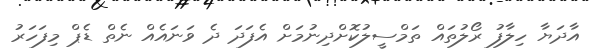
އާދަޔާ ހިލާފު ރޯލުތައް ތަމްސީލުކޮށްދިނުމަށް އެފަދަ ދެ ވަނައެއް ނެތް ޑެޕް މިފަހަރު